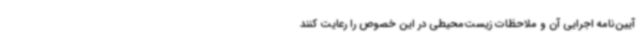
آیین‌نامه اجرایی آن و ملاحظات زیست‌محیطی در این خصوص را رعایت کنند